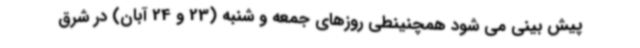
پیش بینی می شود همچنینطی روزهای جمعه و شنبه (23 و 24 آبان) در شرق